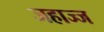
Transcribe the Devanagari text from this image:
जहाज्ज